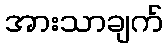
အားသာချက်